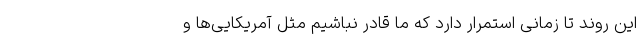
این روند تا زمانی استمرار دارد که ما قادر نباشیم مثل آمریکایی‌ها و